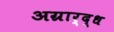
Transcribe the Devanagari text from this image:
अग्रार्द्ध